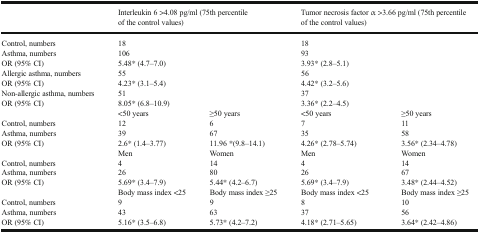
<table><thead><tr><td></td><td colspan="2"><b>Interleukin 6 &gt;4.08 pg/ml (75th percentile of the control values)</b></td><td colspan="2"><b>Tumor necrosis factor α &gt;3.66 pg/ml (75th percentile of the control values)</b></td></tr></thead><tbody><tr><td>Control, numbers</td><td colspan="2">18</td><td colspan="2">18</td></tr><tr><td>Asthma, numbers</td><td colspan="2">106</td><td colspan="2">93</td></tr><tr><td>OR (95% CI)</td><td colspan="2">5.48* (4.7–7.0)</td><td colspan="2">3.93* (2.8–5.1)</td></tr><tr><td>Allergic asthma, numbers</td><td colspan="2">55</td><td colspan="2">56</td></tr><tr><td>OR (95% CI)</td><td colspan="2">4.23* (3.1–5.4)</td><td colspan="2">4.42* (3.2–5.6)</td></tr><tr><td>Non-allergic asthma, numbers</td><td colspan="2">51</td><td colspan="2">37</td></tr><tr><td>OR (95% CI)</td><td colspan="2">8.05* (6.8–10.9)</td><td colspan="2">3.36* (2.2–4.5)</td></tr><tr><td></td><td>&lt;50 years</td><td>≥50 years</td><td>&lt;50 years</td><td>≥50 years</td></tr><tr><td>Control, numbers</td><td>12</td><td>6</td><td>7</td><td>11</td></tr><tr><td>Asthma, numbers</td><td>39</td><td>67</td><td>35</td><td>58</td></tr><tr><td>OR (95% CI)</td><td>2.6* (1.4–3.77)</td><td>11.96 *(9.8–14.1)</td><td>4.26* (2.78–5.74)</td><td>3.56* (2.34–4.78)</td></tr><tr><td></td><td>Men</td><td>Women</td><td>Men</td><td>Women</td></tr><tr><td>Control, numbers</td><td>4</td><td>14</td><td>4</td><td>14</td></tr><tr><td>Asthma, numbers</td><td>26</td><td>80</td><td>26</td><td>67</td></tr><tr><td>OR (95% CI)</td><td>5.69* (3.4–7.9)</td><td>5.44* (4.2–6.7)</td><td>5.69* (3.4–7.9)</td><td>3.48* (2.44–4.52)</td></tr><tr><td></td><td>Body mass index &lt;25</td><td>Body mass index ≥25</td><td>Body mass index &lt;25</td><td>Body mass index ≥25</td></tr><tr><td>Control, numbers</td><td>9</td><td>9</td><td>8</td><td>10</td></tr><tr><td>Asthma, numbers</td><td>43</td><td>63</td><td>37</td><td>56</td></tr><tr><td>OR (95% CI)</td><td>5.16* (3.5–6.8)</td><td>5.73* (4.2–7.2)</td><td>4.18* (2.71–5.65)</td><td>3.64* (2.42–4.86)</td></tr></tbody></table>